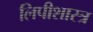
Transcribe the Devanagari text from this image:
लिपीशास्त्र